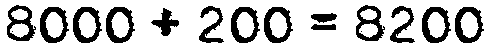
8000 + 200 = 8200